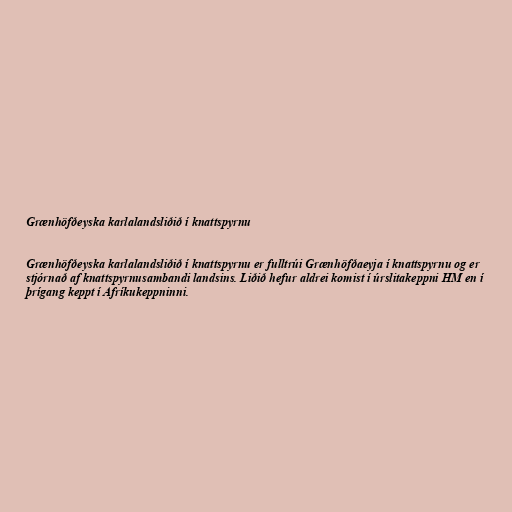
Grænhöfðeyska karlalandsliðið í knattspyrnu

Grænhöfðeyska karlalandsliðið í knattspyrnu er fulltrúi Grænhöfðaeyja í knattspyrnu og er
stjórnað af knattspyrnusambandi landsins. Liðið hefur aldrei komist í úrslitakeppni HM en í
þrígang keppt í Afríkukeppninni.